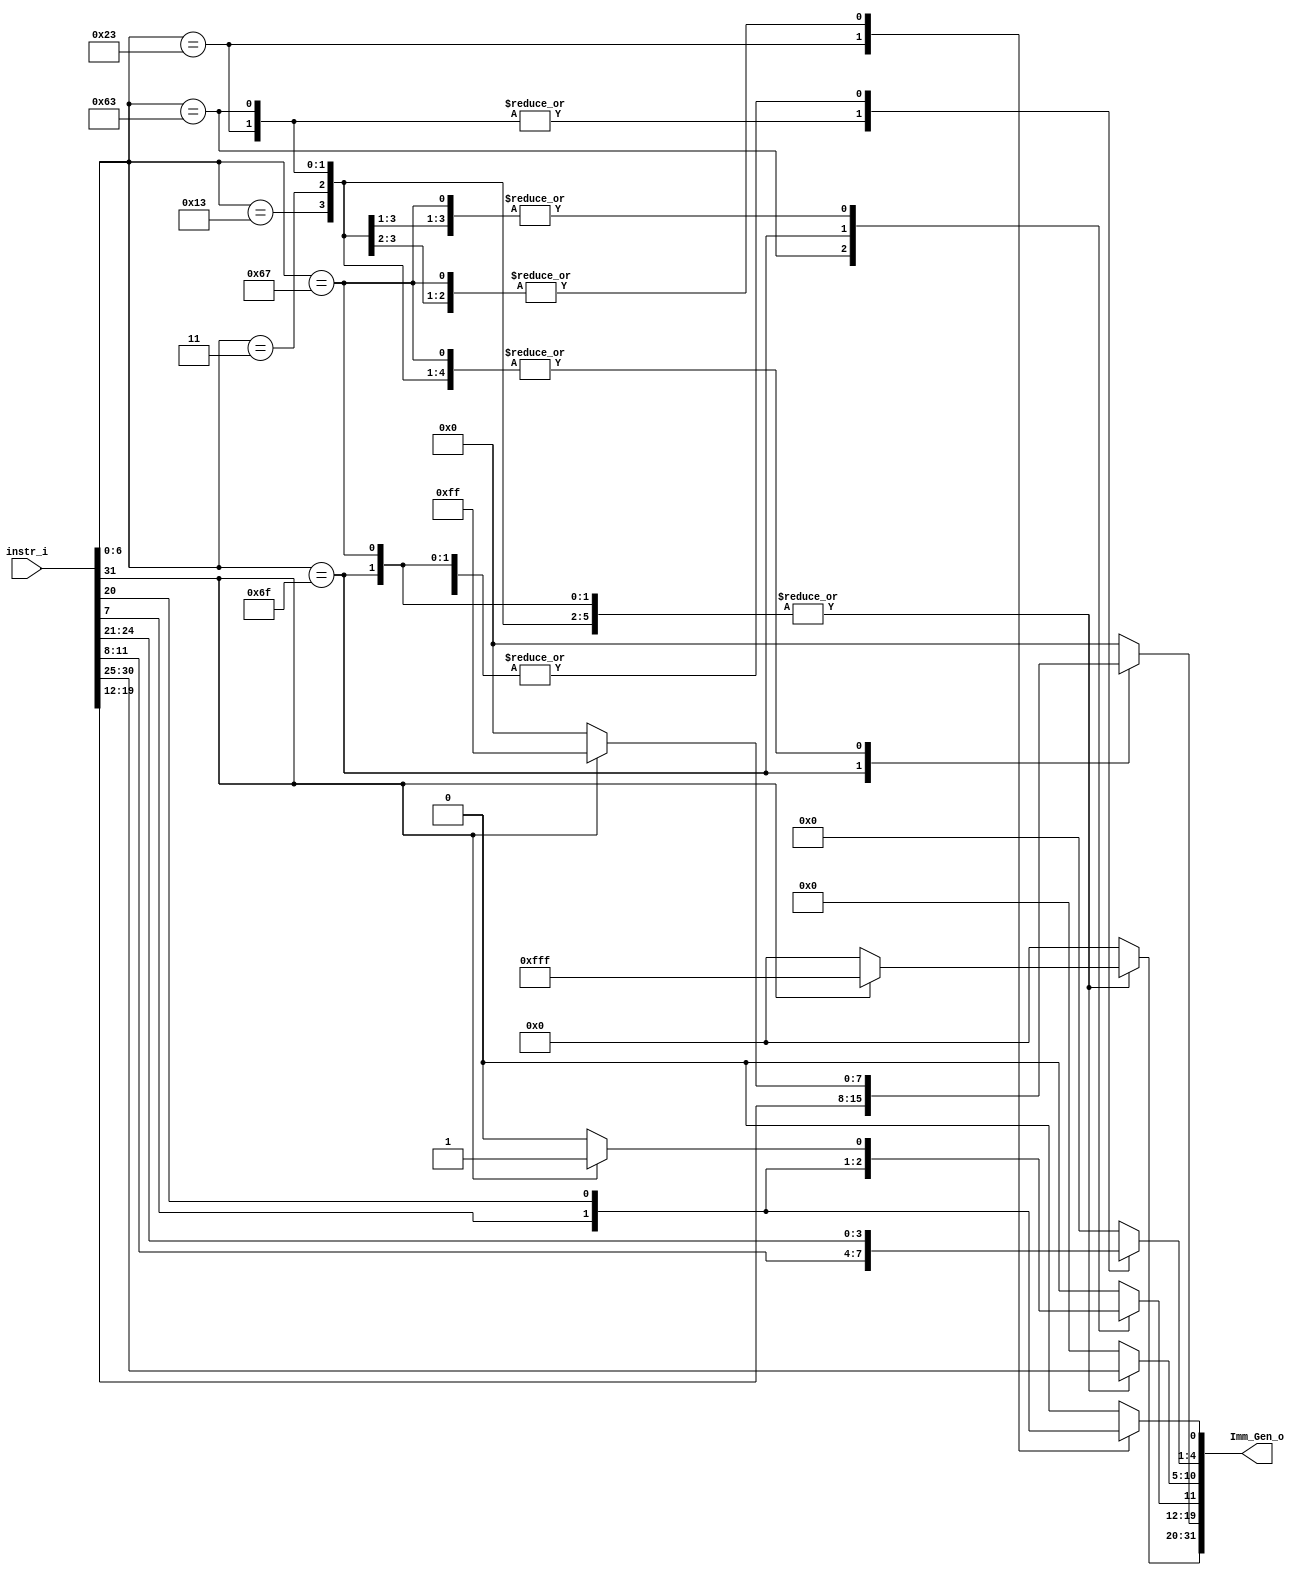
/***************************************************
Student Name:_
Student ID: group10_0711099_0810749
***************************************************/

`timescale 1ns/1ps

module Imm_Gen(
	input  [31:0] instr_i,
	output reg [31:0] Imm_Gen_o
	);

/* Write your code HERE */
//Internal Signals
wire    [7-1:0] opcode;
wire    [2:0]   func3;
wire    [3-1:0] Instr_field;
assign opcode = instr_i[6:0];
assign funct3 = instr_i[14:12];
assign funct7 = instr_i[31:25];
assign opcode = instr_i[6:0];
assign func3  = instr_i[14:12];

always @(*) begin
    case(opcode)
        7'b0110011: begin //R-type
            Imm_Gen_o <= 32'b0;
        end
        7'b0010011: begin //addi
            Imm_Gen_o[10:0] <= instr_i[30:20];
            if(instr_i[31]==1'b1) begin
                Imm_Gen_o[31:11] <= 21'b111111111111111111111;
            end
            else begin
                Imm_Gen_o[31:11] <= 21'b0;
            end
        end
        7'b0000011: begin //Load
            Imm_Gen_o[10:0] <= instr_i[30:20];
            if(instr_i[31]==1'b1) begin
                Imm_Gen_o[31:11] <= 21'b111111111111111111111;
            end
            else begin
                Imm_Gen_o[31:11] <= 21'b0;
            end
        end
        7'b0100011: begin //Store
            Imm_Gen_o[0] <= instr_i[7];
            Imm_Gen_o[4:1] <= instr_i[11:8];
            Imm_Gen_o[10:5] <= instr_i[30:25];
            if(instr_i[31]==1'b1) begin
                Imm_Gen_o[31:11] <= 21'b111111111111111111111;
            end
            else begin
                Imm_Gen_o[31:11] <= 21'b0;
            end
        end
        7'b1100011: begin //Branch
            Imm_Gen_o[0] <= 1'b0;
            Imm_Gen_o[4:1] <= instr_i[11:8];
            Imm_Gen_o[10:5] <= instr_i[30:25];
            Imm_Gen_o[11] <= instr_i[7];
            if(instr_i[31]==1'b1) begin
                Imm_Gen_o[31:12] <= 20'b11111111111111111111;
            end
            else begin
                Imm_Gen_o[31:12] <= 20'b0;
            end
        end
        7'b1101111: begin //JAL
            Imm_Gen_o[0] <= 1'b0;
            Imm_Gen_o[10:1] <= instr_i[30:21];
            Imm_Gen_o[11] <= instr_i[20];
            Imm_Gen_o[19:12] <= instr_i[19:12];
            if(instr_i[31]==1'b1) begin
                Imm_Gen_o[31:20] <= 12'b111111111111;
            end
            else begin
                Imm_Gen_o[31:20] <= 12'b0;
            end
        end
        7'b1100111: begin //JALR
            Imm_Gen_o[10:0] <= instr_i[30:20];
            if(instr_i[31]==1'b1) begin
                Imm_Gen_o[31:11] <= 21'b111111111111111111111;
            end
            else begin
                Imm_Gen_o[31:11] <= 21'b0;
            end
        end
        default: begin//other
            Imm_Gen_o <= 32'b0;
        end
    endcase
end

endmodule